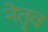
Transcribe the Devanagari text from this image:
नेतृव